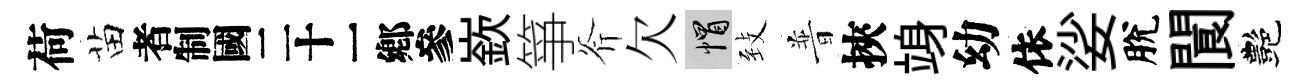
荷苗识嶔箏斧欠帽𦤺普挾竧幼依娑脫閬艷